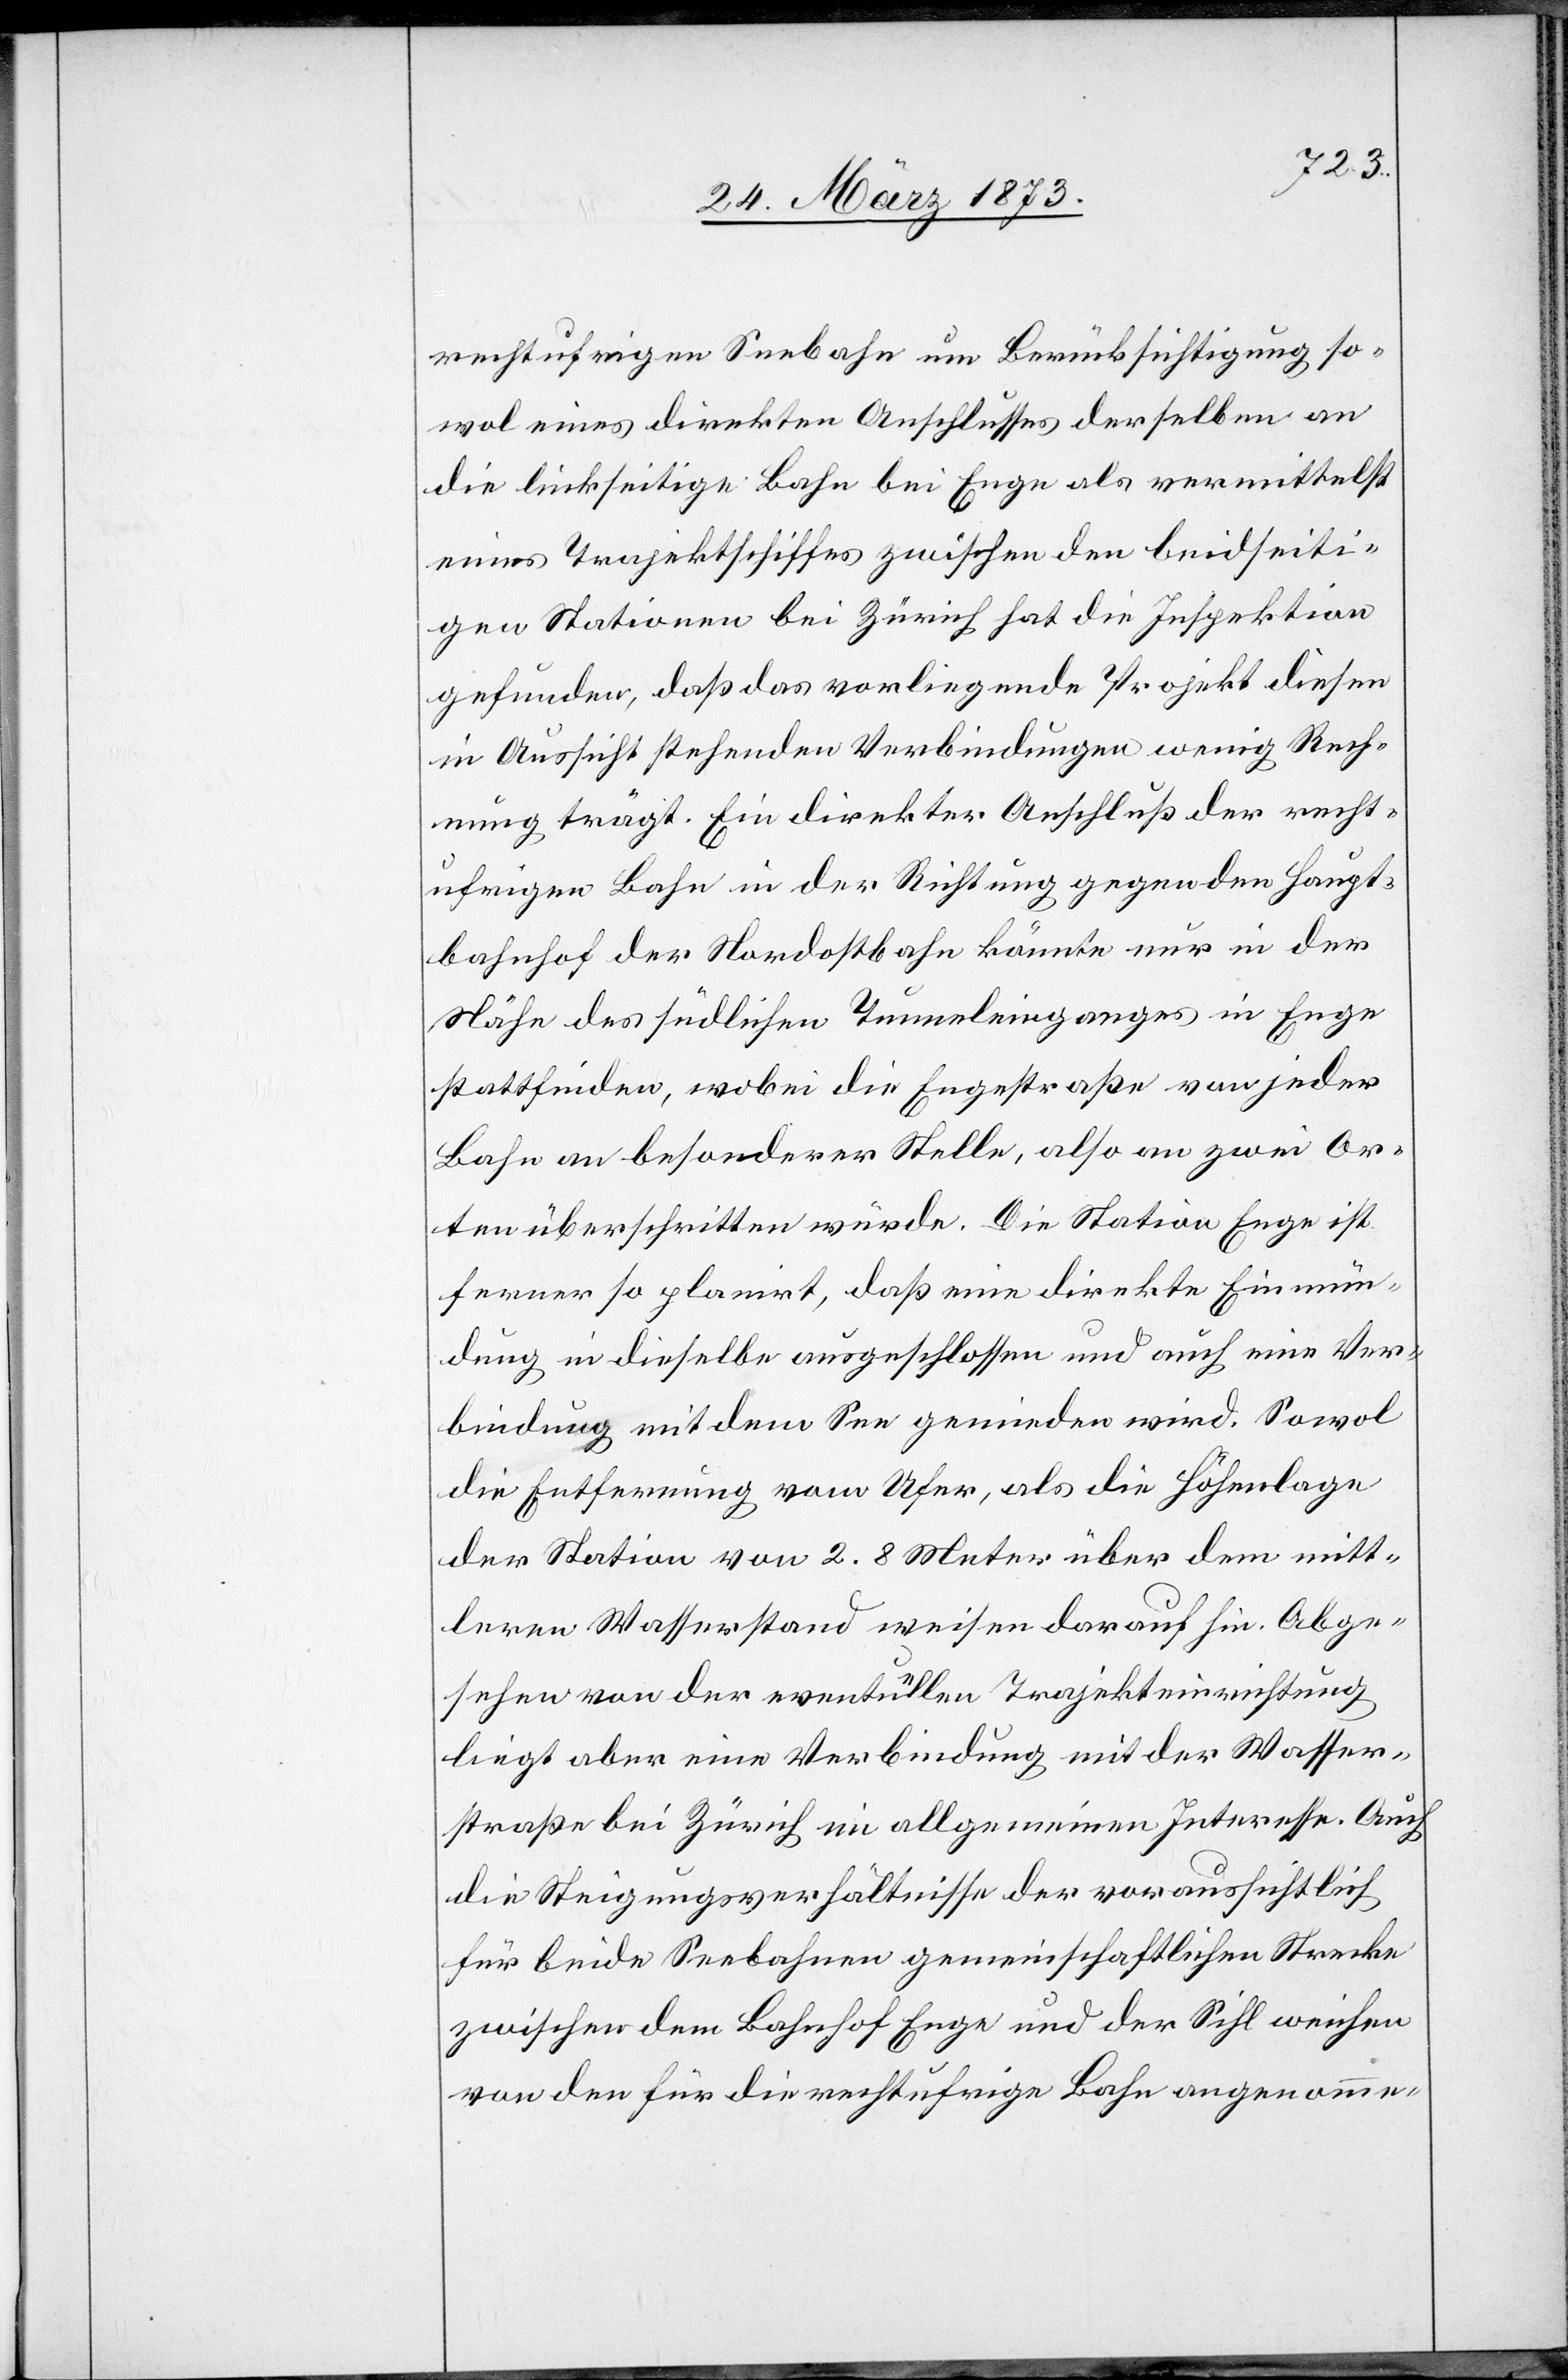
rechtufrigen Seebahn um Berücksichtigung so¬
wol eines direkten Anschlusses derselben an
die linkseitige Bahn bei Enge als vermittelst
eines Trajektschiffes zwischen den beidseiti¬
gen Stationen bei Zürich hat die Inspektion
gefunden, daß das vorliegende Projekt diesen
in Aussicht stehenden Verbindungen wenig Rech¬
nung trägt. Ein direkter Anschluß der recht¬
ufrigen Bahn in der Richtung gegen den Haupt¬
bahnhof der Nordostbahn könnte nur in der
Nähe des südlichen Tunneleinganges in Enge
stattfinden, wobei die Engestraße von jeder
Bahn an besonderer Stelle, also an zwei Or¬
ten überschritten würde. Die Station Enge ist
ferner so planirt, daß eine direkte Einmün¬
dung in dieselbe ausgeschlossen und auch eine Ver¬
bindung mit dem See gemieden wird. Sowol
die Entfernung vom Ufer, als die Höhenlage
der Station von 2.8 Meter über dem mitt¬
leren Wasserstand weisen darauf hin. Abge¬
sehen von der eventuellen Trajekteinrichtung
liegt aber eine Verbindung mit der Wasser¬
straße bei Zürich im allgemeinen Interesse. Auch
die Steigungsverhältnisse der voraussichtlich
für beide Seebahnen gemeinschaftlichen Strecke
zwischen dem Bahnhof Enge und der Sihl weichen
von den für die rechtufrige Bahn angenomme-